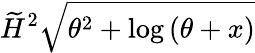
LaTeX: \widetilde{H}^{2}\sqrt{\theta^{2}+\log{\left(\theta+x\right)}}